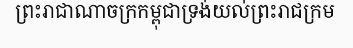
ព្រះរាជាណាចក្រកម្ពុជាទ្រង់យល់ព្រះរាជក្រម